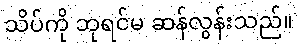
သိပ်ကို ဘုရင်မ ဆန်လွန်းသည်။